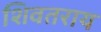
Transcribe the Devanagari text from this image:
शिवतराय